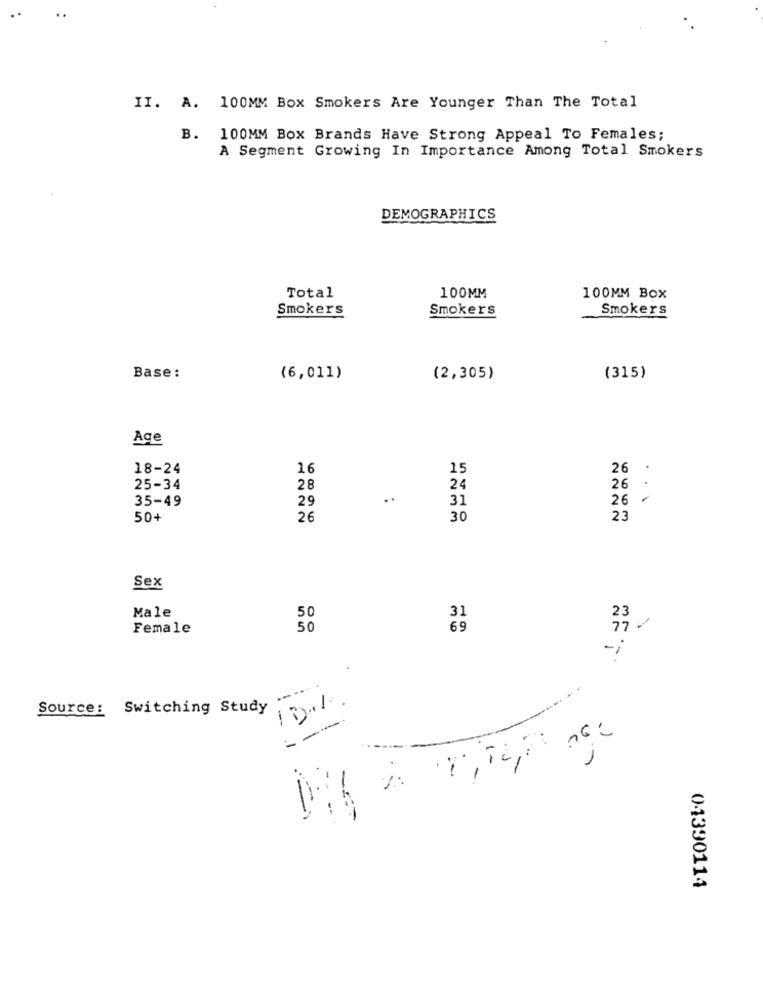
II. A. 100MM Box Smokers Are Younger Than The Total
B. 100MM Box Brands Have Strong Appeal To Females;
A Segment Growing In Importance Among Total Smokers
DEMOGRAPHICS
Total
100MM
100MM Box
Smokers
Smokers
Smokers
Base:
(6,011)
(2,305)
(315)
Age
18-24
16
15
26
25-34
28
24
26
35-49
29
..
31
26
...
50+
26
30
23
Sex
Male
50
31
23
Female
50
69
-i
-----.
10.1.
Source: Switching Study
---
=
04390114